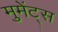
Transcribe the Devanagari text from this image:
मुमेंट्स